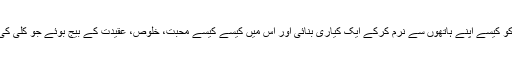
دیکھتے ہیں ہماء نے ادب کی مٹی کو کیسے اپنے ہاتھوں سے نرم کرکے ایک کیاری بنائی اور اس میں کیسے کیسے محبت، خلوص، عقیدت کے بیج بوئے جو کلی کی صورت پھول بن کر مہکنے لگے۔